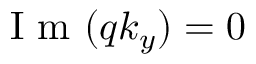
\mathrm { ~ I ~ m ~ } ( q k _ { y } ) = 0